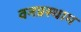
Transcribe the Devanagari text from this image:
वनप्रस्थाम